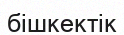
бішкектік